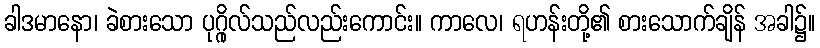
ခါဒမာနော၊ ခဲစားသော ပုဂ္ဂိုလ်သည်လည်းကောင်း။ ကာလေ၊ ရဟန်းတို့၏ စားသောက်ချိန် အခါ၌။